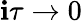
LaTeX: \mathbf{i}\tau\rightarrow0